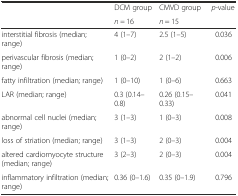
<table><thead><tr><td rowspan="2"></td><td><b>DCM group</b></td><td><b>CMVD group</b></td><td rowspan="2"><b><i>p</i>-value</b></td></tr><tr><td><b><i>n =</i> 16</b></td><td><b><i>n</i> = 15</b></td></tr></thead><tbody><tr><td>interstitial fibrosis (median; range)</td><td>4 (1–7)</td><td>2.5 (1–5)</td><td>0.036</td></tr><tr><td>perivascular fibrosis (median; range)</td><td>1 (0–2)</td><td>2 (1–2)</td><td>0.006</td></tr><tr><td>fatty infiltration (median; range)</td><td>1 (0–10)</td><td>1 (0–6)</td><td>0.663</td></tr><tr><td>LAR (median; range)</td><td>0.3 (0.14–0.8)</td><td>0.26 (0.15–0.33)</td><td>0.041</td></tr><tr><td>abnormal cell nuclei (median; range)</td><td>3 (1–3)</td><td>1 (0–3)</td><td>0.008</td></tr><tr><td>loss of striation (median; range)</td><td>3 (1–3)</td><td>2 (0–3)</td><td>0.004</td></tr><tr><td>altered cardiomyocyte structure (median; range)</td><td>3 (2–3)</td><td>2 (0–3)</td><td>0.004</td></tr><tr><td>inflammatory infiltration (median; range)</td><td>0.36 (0–1.6)</td><td>0.35 (0–1.9)</td><td>0.796</td></tr></tbody></table>